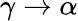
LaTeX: \gamma\rightarrow\alpha